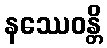
နဿေဝန္တိ